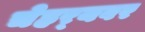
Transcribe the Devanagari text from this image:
चेहर्‍यवर